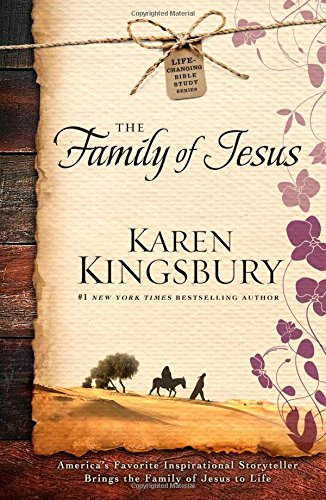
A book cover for The Family of Jesus (Life-Changing Bible Study Series); Karen Kingsbury; Literature & Fiction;